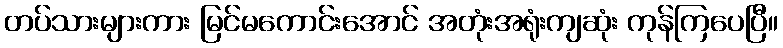
တပ်သားများကား မြင်မကောင်းအောင် အတုံးအရုံးကျဆုံး ကုန်ကြပေပြီ။